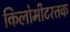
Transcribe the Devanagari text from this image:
किलोमीटरतक